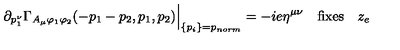
\partial _ { p _ { 1 } ^ { \nu } } \Gamma _ { A _ { \mu } \varphi _ { 1 } \varphi _ { 2 } } ( - p _ { 1 } - p _ { 2 } , p _ { 1 } , p _ { 2 } ) \Big | _ { \{ p _ { i } \} = p _ { n o r m } } = - i e \eta ^ { \mu \nu } \quad \mathrm { f i x e s } \quad z _ { e }